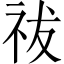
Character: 祓